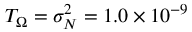
T _ { \Omega } = \sigma _ { N } ^ { 2 } = 1 . 0 \times 1 0 ^ { - 9 }